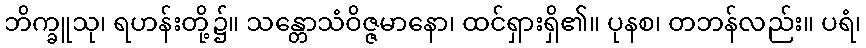
ဘိက္ခူသု၊ ရဟန်းတို့၌။ သန္တောသံဝိဇ္ဇမာနော၊ ထင်ရှားရှိ၏။ ပုနစ၊ တဘန်လည်း။ ပရံ၊